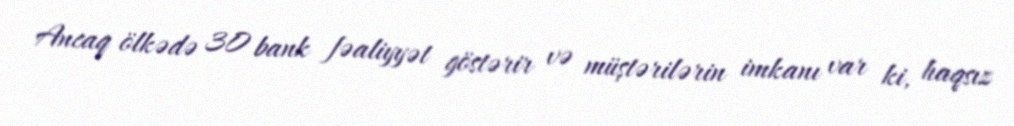
Ancaq ölkədə 30 bank fəaliyyət göstərir və müştərilərin imkanı var ki, haqsız